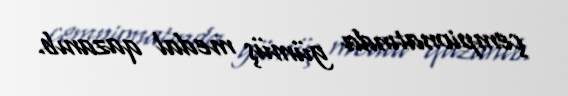
çempionatında gümüş medal qazanıb.